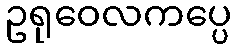
ဥရုဝေလကပ္ပေ